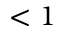
< 1